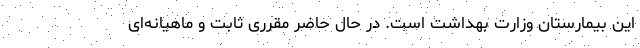
این بیمارستان وزارت بهداشت است. در حال حاضر مقرری ثابت و ماهیانه‌ای